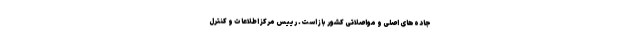
جاده‌های اصلی و مواصلاتی کشور باز است. رییس مرکز اطلاعات و کنترل